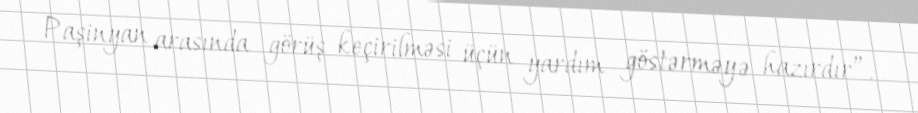
Paşinyan arasında görüş keçirilməsi üçün yardım göstərməyə hazırdır”.